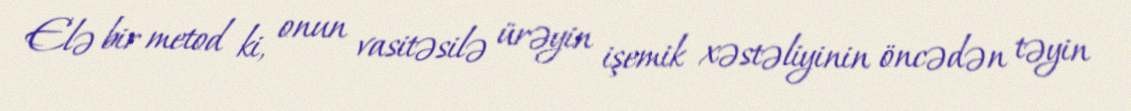
Elə bir metod ki, onun vasitəsilə ürəyin işemik xəstəliyinin öncədən təyin